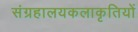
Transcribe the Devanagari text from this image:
संग्रहालयकलाकृतियों